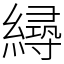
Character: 𦅛